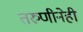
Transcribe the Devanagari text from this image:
तरुणीनेही